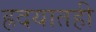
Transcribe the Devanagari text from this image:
ह्रदयातही